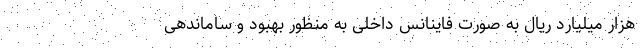
هزار میلیارد ریال به صورت فاینانس داخلی به منظور بهبود و ساماندهی